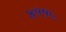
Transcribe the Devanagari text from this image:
४११५